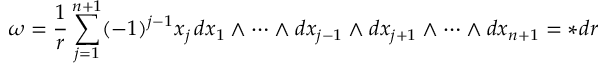
\omega = { \frac { 1 } { r } } \sum _ { j = 1 } ^ { n + 1 } ( - 1 ) ^ { j - 1 } x _ { j } \, d x _ { 1 } \wedge \cdots \wedge d x _ { j - 1 } \wedge d x _ { j + 1 } \wedge \cdots \wedge d x _ { n + 1 } = * d r